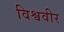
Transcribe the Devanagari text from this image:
विश्ववीर